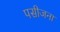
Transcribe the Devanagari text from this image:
पसीजना